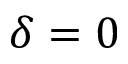
\delta = 0